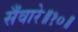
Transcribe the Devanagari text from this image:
सँवारे॥१०॥